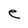
Character: e